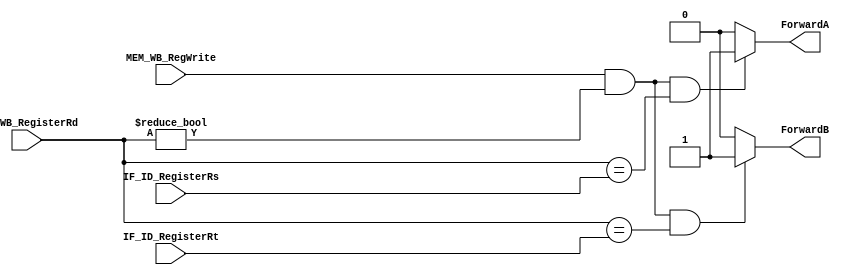
module ID_Forwarding (
	input MEM_WB_RegWrite,
	input [4:0] IF_ID_RegisterRs,
	input [4:0] IF_ID_RegisterRt,
	input [4:0] MEM_WB_RegisterRd,
	output ForwardA,
	output ForwardB
);

reg ForwardA, ForwardB;

always @(*) begin
	ForwardA = 0;
	ForwardB = 0;
	if (MEM_WB_RegWrite &&
		MEM_WB_RegisterRd != 5'b0 &&
		MEM_WB_RegisterRd == IF_ID_RegisterRs) begin
		ForwardA = 1;
	end
    if (MEM_WB_RegWrite &&
    	MEM_WB_RegisterRd != 5'b0 &&
    	MEM_WB_RegisterRd == IF_ID_RegisterRt) begin
    	ForwardB = 1;
    end
end

endmodule